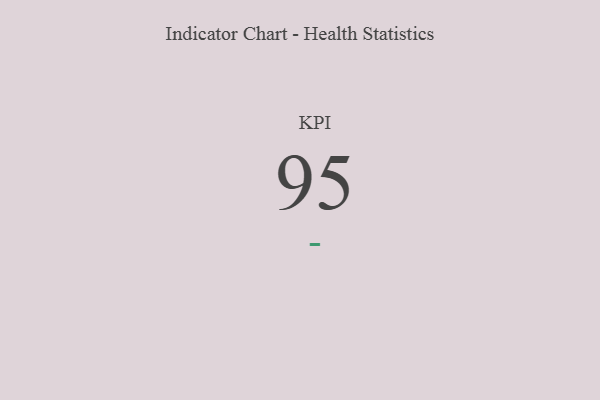
{"axis": {"x": "KPI", "y": "Value"}, "legend": [""], "data": [{"x": "KPI", "y": 95, "type": ""}]}